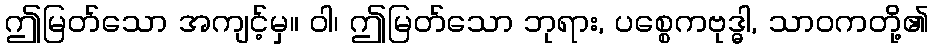
ဤမြတ်သော အကျင့်မှ။ ဝါ၊ ဤမြတ်သော ဘုရား, ပစ္စေကဗုဒ္ဓါ, သာဝကတို့၏